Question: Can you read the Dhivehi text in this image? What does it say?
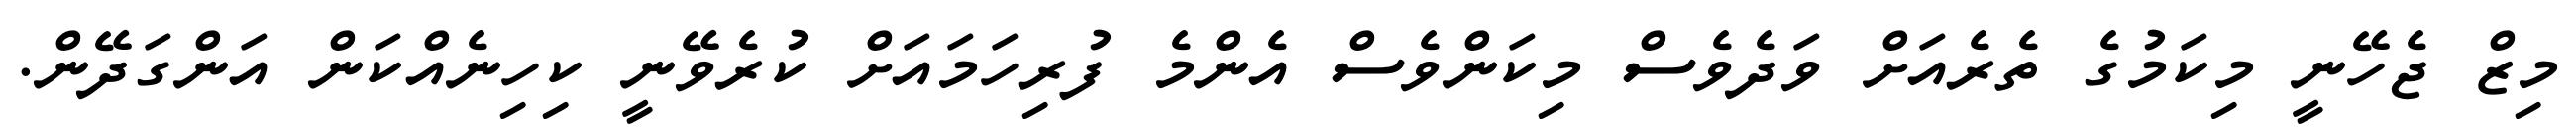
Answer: މިޒް ޖެހޭނީ މިކަމުގެ ތެރެއަށް ވަދެވެސް މިކަންވެސް އެންމެ ފުރިހަމައަށް ކުރެވޭނީ ކިހިނެއްކަން އަންގަދޭން.